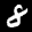
Label: 8